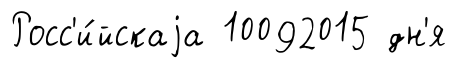
Росс'и́йскаjа 10092015 дн'я